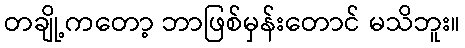
တချို့ကတော့ ဘာဖြစ်မှန်းတောင် မသိဘူး။